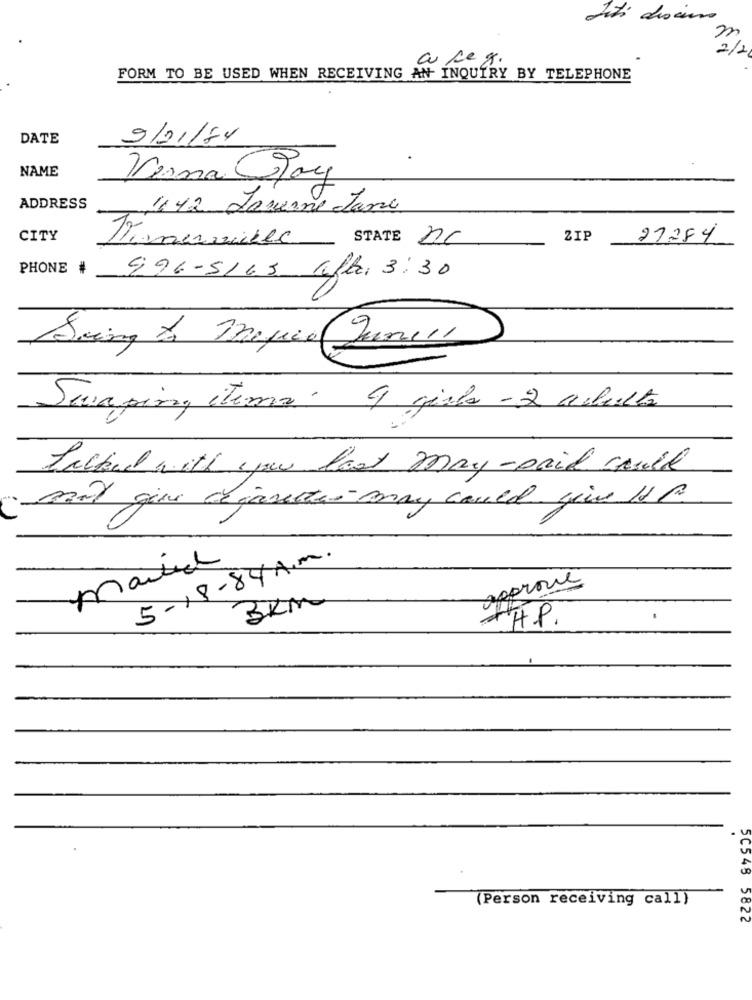
deti disimo
m
2/2
a seg.
FORM TO BE USED WHEN RECEIVING AN INQUIRY BY TELEPHONE
DATE
9/01/74
NAME
Verna Day
ADDRESS
442 Laverne Jane
CITY
ZIP
27254
Thamesville STATE DC
PHONE #
996-5165 Afte, 3:30
Swing to maque(June
Scaping itema. 9 giola - 2 arbets
Packed with you last May-paid could
non que dejarettes may could give HP
5-18-84 Am.
market
approve
3KM
+H.P.
(Person receiving call)
5C548 5822